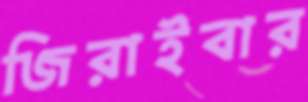
জিরাইবার